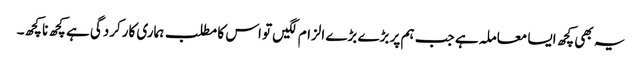
یہ بھی کچھ ایسا معاملہ ہے جب ہم پر بڑے بڑے الزام لگیں تو اس کا مطلب ہماری کارکردگی ہے کچھ نا کچھ۔